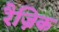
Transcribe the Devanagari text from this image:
रैज्निक